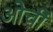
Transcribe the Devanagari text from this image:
ओर्ची